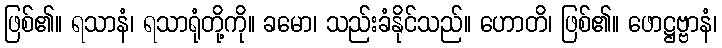
ဖြစ်၏။ ရသာနံ၊ ရသာရုံတို့ကို။ ခမော၊ သည်းခံနိုင်သည်။ ဟောတိ၊ ဖြစ်၏။ ဖောဋ္ဌဗ္ဗာနံ၊